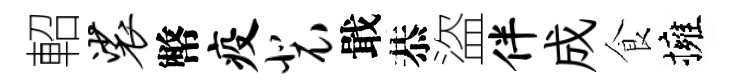
軺裟幣疫裴戢恭盜伴成食擁